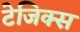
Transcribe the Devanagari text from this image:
टेजिक्स